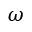
\omega